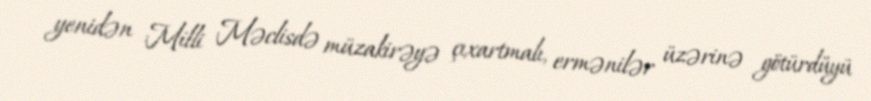
yenidən Milli Məclisdə müzakirəyə çıxartmalı, ermənilər üzərinə götürdüyü